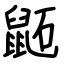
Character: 鼫